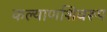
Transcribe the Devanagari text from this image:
कल्याणशिवरूप